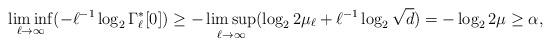
LaTeX: \begin{align*} \liminf_{\ell \to \infty} (-\ell^{-1}\log_2 \Gamma_\ell^*[0]) \ge-\limsup_{\ell\to \infty} (\log_2 2\mu_\ell + \ell^{-1} \log_2\sqrt{d})= -\log_2 2\mu \ge \alpha,\end{align*}